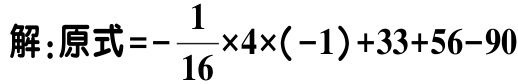
解:原式\(=-\frac{1}{16}\times4\times(-1)+33 + 56 - 90\)